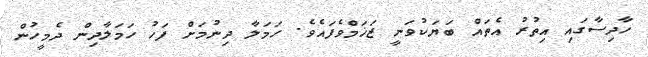
ހާދިސާގައި އިތުރު އެތައް ބަޔަކުވަނީ ޒަޚަމްވެފައެވެ. ހަމަލާ ދިނުމަށް ފަހު ހަމަލާދިން ދެމީހުން